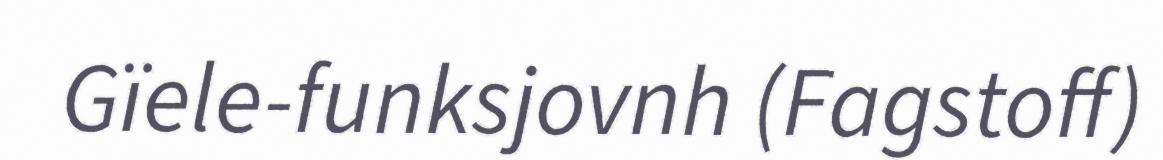
Gïele-funksjovnh (Fagstoff)